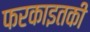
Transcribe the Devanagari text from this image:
फरकाइतकी